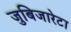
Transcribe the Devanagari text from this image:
जुबिजारेटा